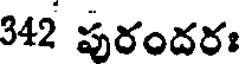
342 పురందరః